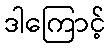
ဒါကြောင့်